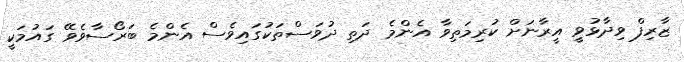
ޒާރިފް ވިދާޅުވީ އީރާނަށް ކުރިމަތިވާ އެންމެ ދަތި ދުވަސްތަކުގައިވެސް އެންމެ ބަރޯސާވެވޭ ގައުމަކީ